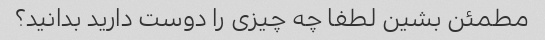
مطمئن بشین لطفا چه چیزی را دوست دارید بدانید؟